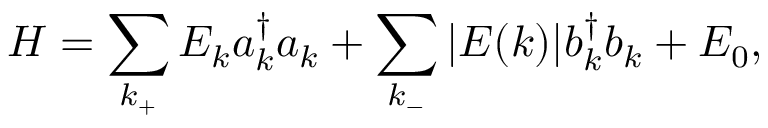
H = \sum _ { k _ { + } } E _ { k } a _ { k } ^ { \dagger } a _ { k } + \sum _ { k _ { - } } | E ( k ) | b _ { k } ^ { \dagger } b _ { k } + E _ { 0 } ,